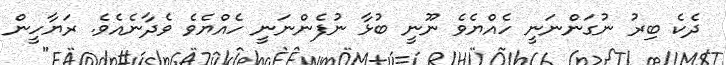
ދެކެ ބިރު ނުގަންނަނީ ހެއްޔެވެ ނޫނީ ބުޅާ ނުފެންނަނީ ހެއްޔެވެ ވެދާނެއެވެ. ރަޔާހީން